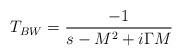
LaTeX: \begin{align*}T_{BW}={{-1} \over {s-M^2+i\Gamma M}}\end{align*}